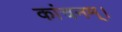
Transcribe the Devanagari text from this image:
कांचनम्।